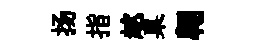
扬指趑臬翺